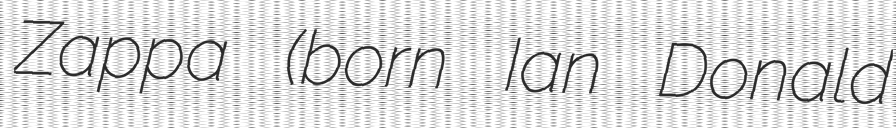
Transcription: Zappa (born Ian Donald